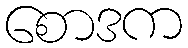
စောဒက